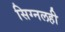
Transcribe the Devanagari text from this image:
सिग्नलही